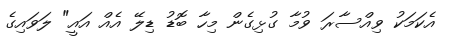
އެކަމަކު ވިއްސާރަ ވުމާ ގުޅިގެން މިހާ ބޮޑު ޑިލޭ އެއް އައީ" ލަވައިގެ